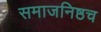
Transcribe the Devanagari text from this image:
समाजनिष्ठच